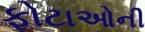
ફોટાઓની